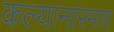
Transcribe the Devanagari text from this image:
कल्यानारमण